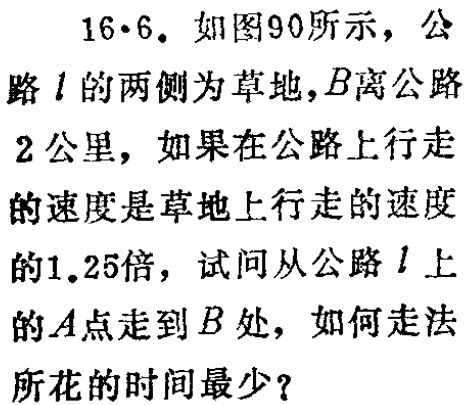
16·6. 如图90所示，公路\(l\)的两侧为草地，\(B\)离公路\(2\)公里，如果在公路上行走的速度是草地上行走的速度的\(1.25\)倍，试问从公路\(l\)上的\(A\)点走到\(B\)处，如何走法所花的时间最少？